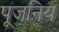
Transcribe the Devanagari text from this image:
पूजनिय